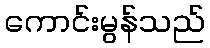
ကောင်းမွန်သည်